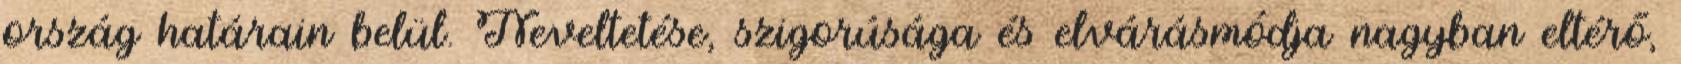
ország határain belül. Neveltetése, szigorúsága és elvárásmódja nagyban eltérő,